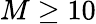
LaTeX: M\ge 10